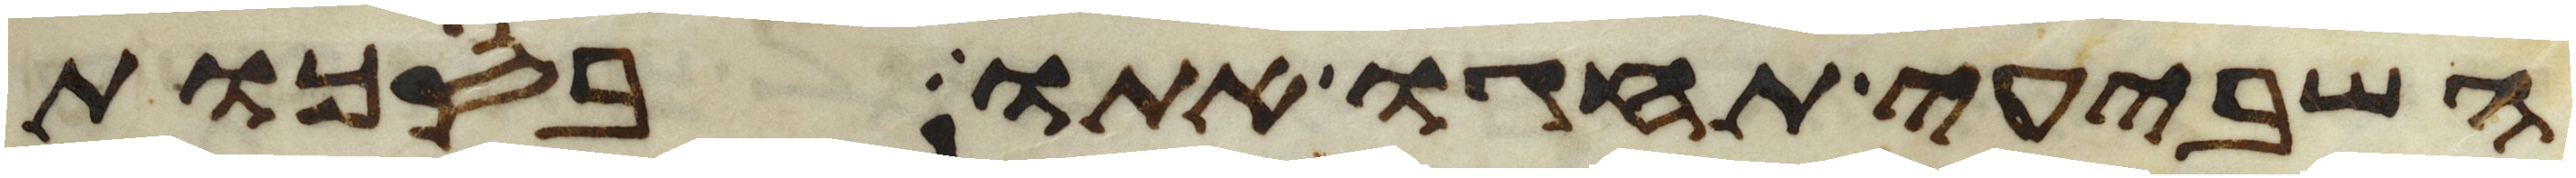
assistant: השביעי תחגו אתו בסכות